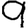
Digit: 9